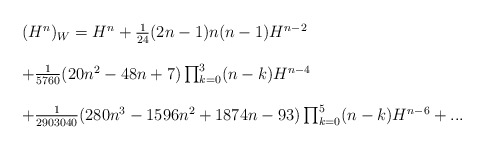
\begin{align*}\begin{array}{l}(H^{n})_{W} = H^{n} + \frac{1}{24}(2n-1)n(n-1)H^{n-2} \\ \\+\frac{1}{5760}(20n^{2}-48n+7)\prod_{k=0}^{3}(n-k) H^{n-4} \\ \\ +\frac{1}{2903040}(280n^{3}-1596n^{2}+1874n-93)\prod_{k=0}^{5}(n-k)H^{n-6} +... \end{array} \end{align*}